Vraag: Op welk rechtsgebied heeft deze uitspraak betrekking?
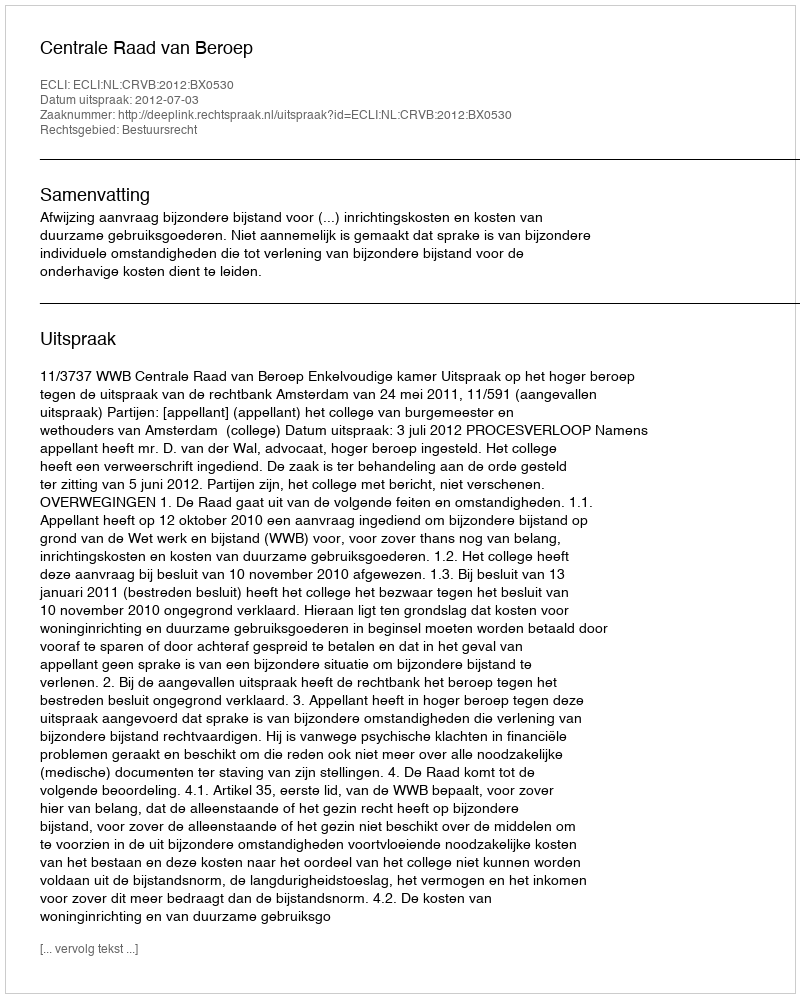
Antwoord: Bestuursrecht